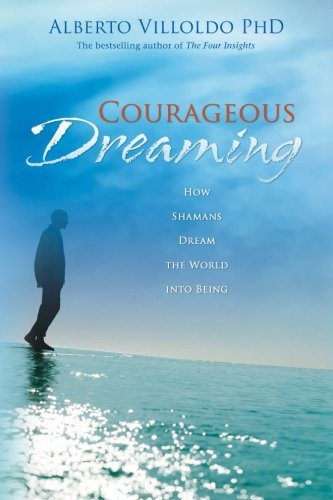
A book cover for Courageous Dreaming: How Shamans Dream the World into Being; Alberto Villoldo Ph.D.; Religion & Spirituality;